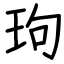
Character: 玽